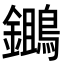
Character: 𪆷